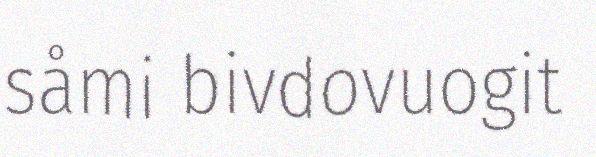
såmi bivdovuogit